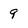
Character: 9